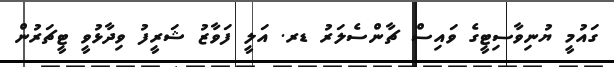
ގައުމީ ޔުނިވާސިޓީގެ ވައިސް ޗާންސެލަރު ޑރ. އަލީ ފަވާާޒު ޝަރީފު ވިދާޅުވީ ޓީޗަރުން